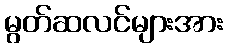
မွတ်ဆလင်များအား